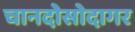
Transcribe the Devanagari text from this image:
चानदोसोदागर